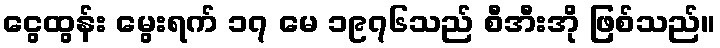
ငွေထွန်း မွေးရက် ၁၇ မေ ၁၉၇၆သည် စီအီးအို ဖြစ်သည်။